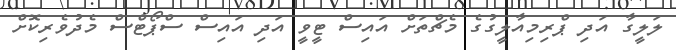
ލަލީގާ އަދި ޕްރިމިއާލީގުގެ މެޗްތަށް އައިސް ޓީވީ އަދި އައިސް ސްޕޯޓްސް މެދުވެރިކޮށް